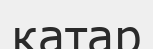
катар